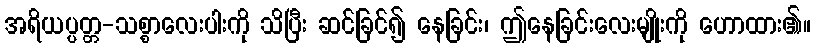
အရိယပ္ပတ္တ-သစ္စာလေးပါးကို သိပြီး ဆင်ခြင်၍ နေခြင်း၊ ဤနေခြင်းလေးမျိုးကို ဟောထား၏။